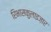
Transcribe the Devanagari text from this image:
रिभासकुलाइज़ार